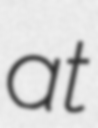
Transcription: at